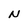
Character: N